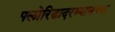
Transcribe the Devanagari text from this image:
फ्लोरिडादरम्यानच्या